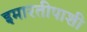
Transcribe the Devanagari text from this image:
इमारतीपाशी